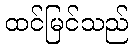
ထင်မြင်သည်